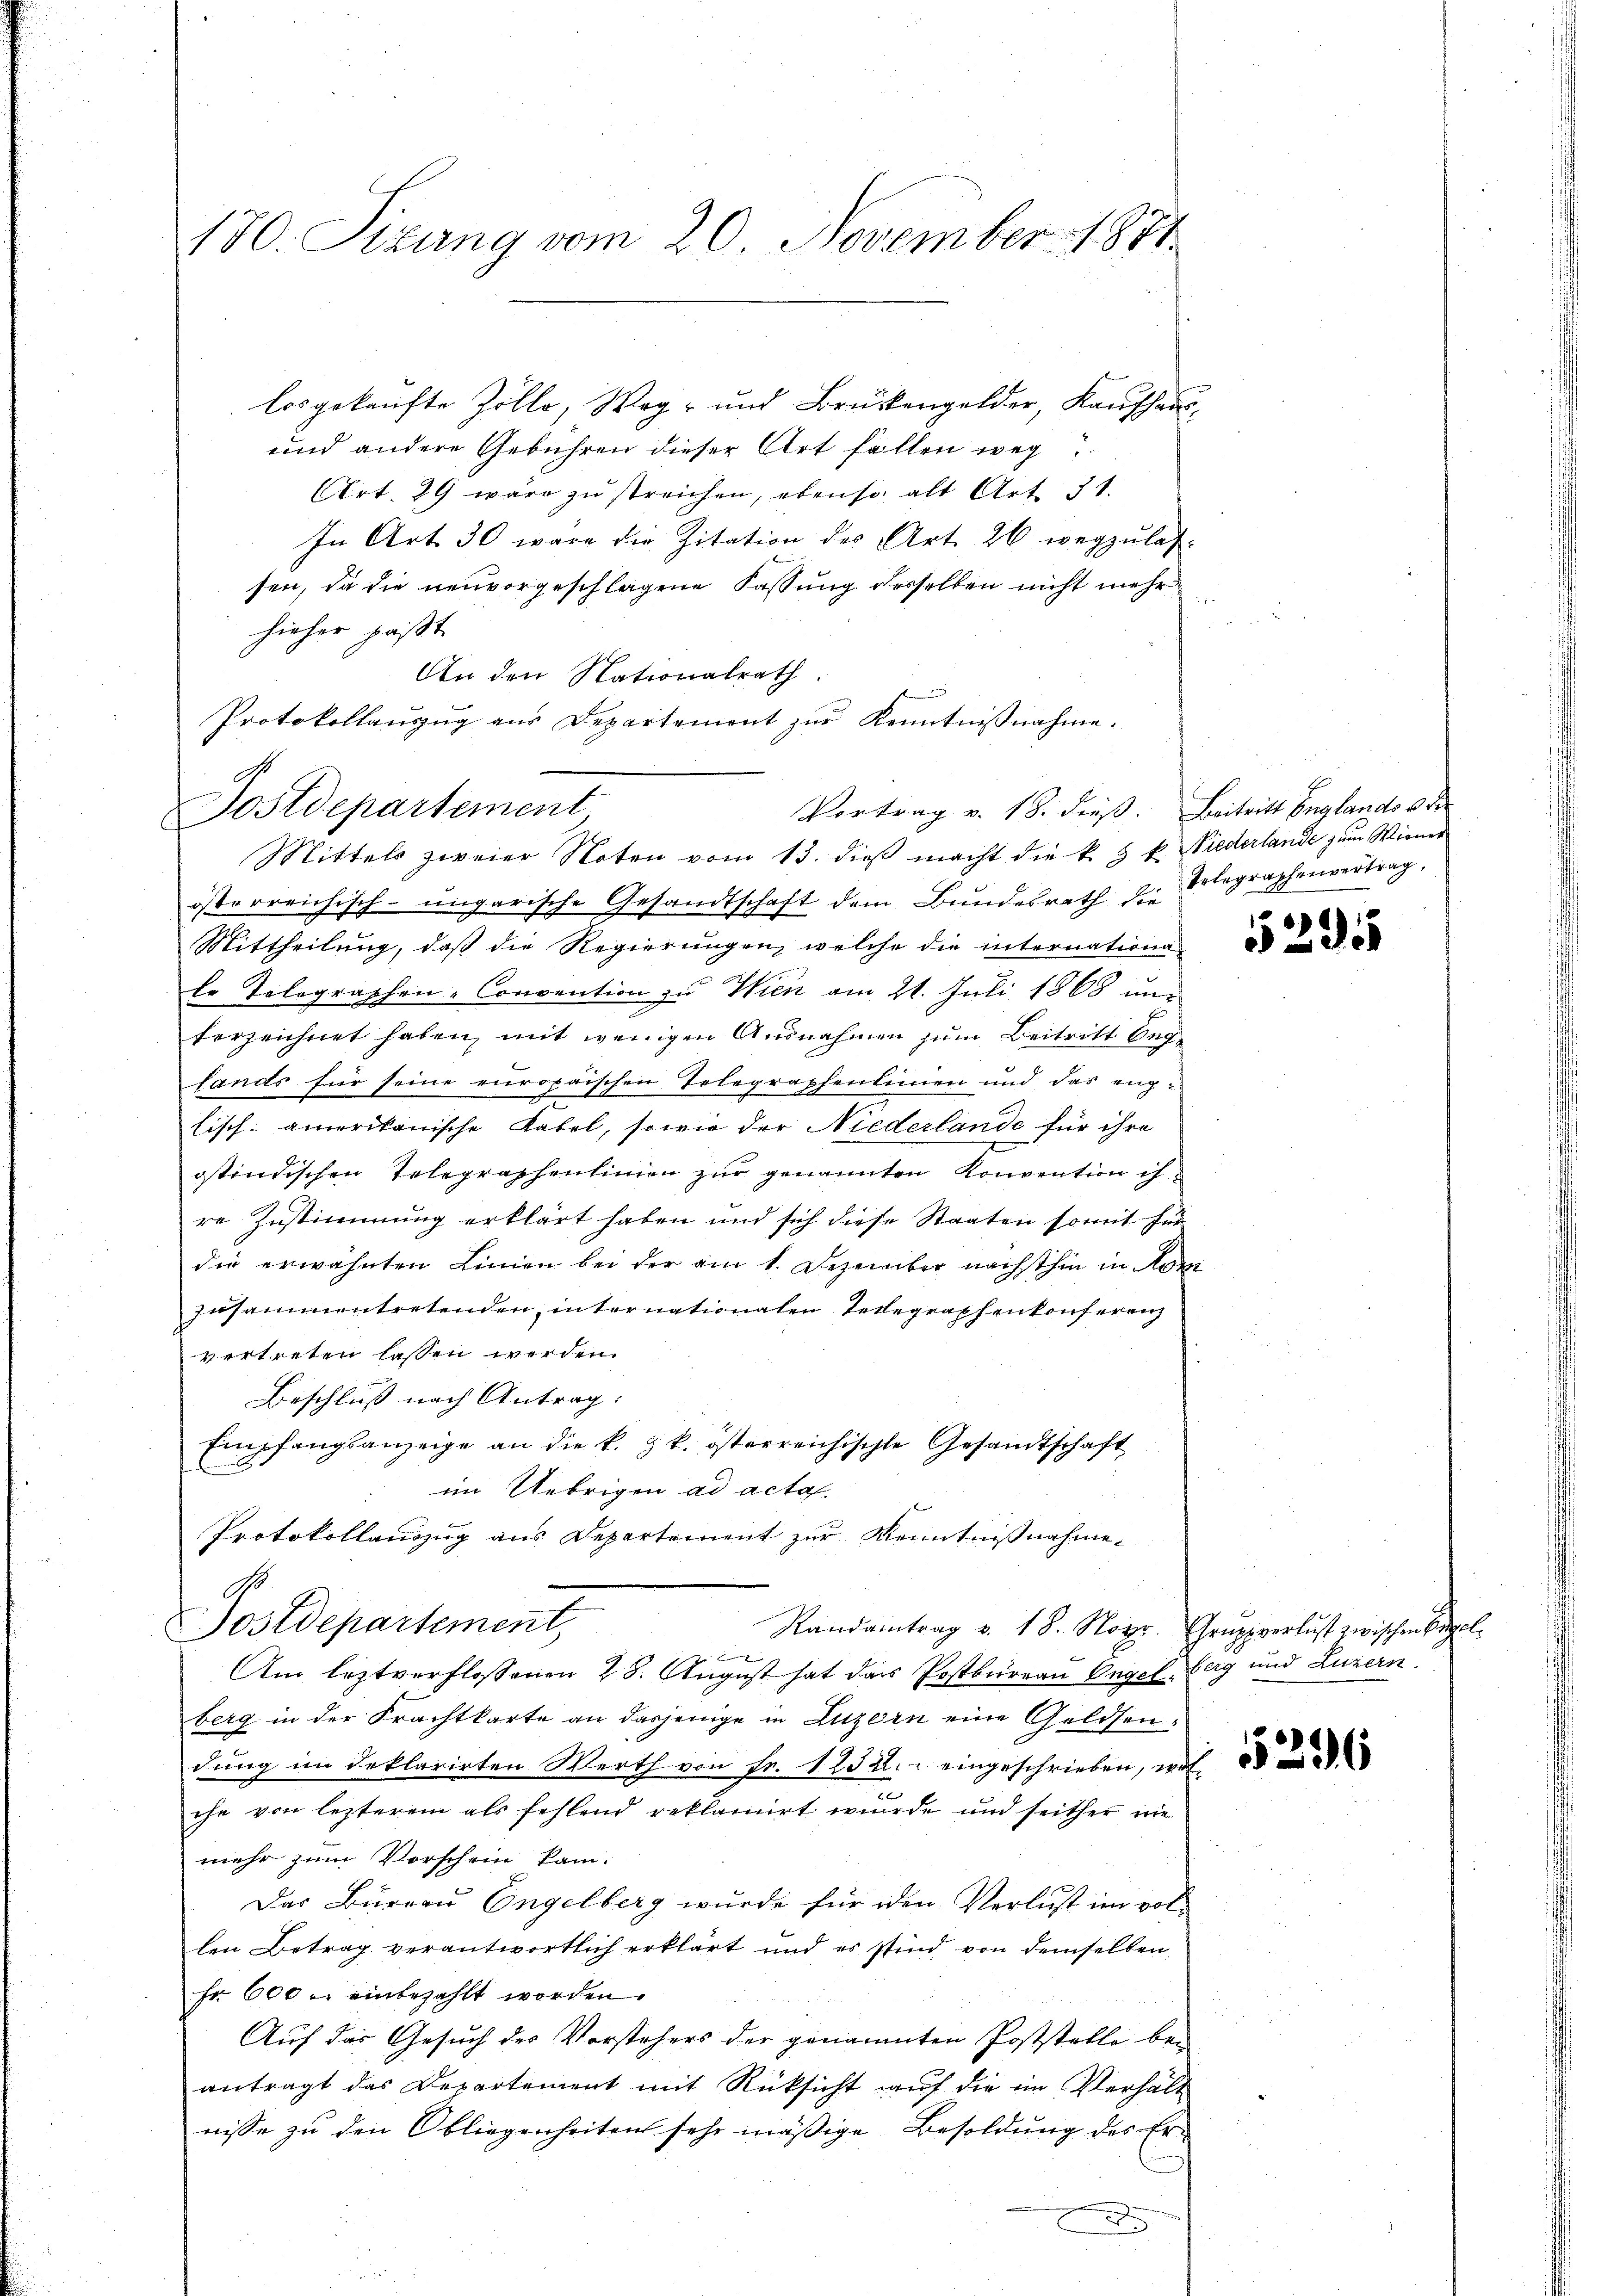
170. Sizung vom 20. November 1811.

losgekaufte Zölle, Weg- und Brückengelder, Kaŭfhaus¬
und andere Gebühren dieser Art fallen weg
Art. 29 wäre zu streichen, ebenso alt Art. 31.
In Art. 30 wäre die Zitation des Art. 26 wegzŭlas-
sen, da die neuvorgeschlagene Fassung desselben nicht mehr
hieher paßt
An den Nationalrath
österreichisch-ungarische Gesandtschaft dem Bundesrath der Elegraphenvertrag,
Mittheilung, daß die Regierungen, welche die internationa
le Tolographen-Convention zu Wien am 21. Juli 1868 un
ferzeichnet haben, mit wenigen Ausnahmen zum Beitritt beg
lands für seine europaischen Telegraphenlinien und das englisch: amerikanische Kabel, sowie der Niederlande für ihre
ostindischen Telegraphenlinien zur genannten Konvention ihre Zustimmung erklärt haben und sich diese Staaten somit für
die erwähnten Linien bei der am 1. Dezember nächsthin in Kom
zusammentretenden internationalen Telegraphenkonferenz
vertreten lassen werden.
Beschluß nach Antrag:
Empfangsanzeige an die k. k. österreichischte Gesandtschaft
im Uebrigen ad acta.
Protokollauszug aus Departement zur Kenntnißnahme¬
A
ostdepartement,
Randantrag v. 18. Nov. Gruppverlust zwischen Orgel
e
Am leztverflossenen 28. August hat das Postbureau Ongelberg und Luzern
berg in der Frachtkarte an dasjenige in Luzern eine Geldsendung im Deklarirten Werth von Fr. 1232. eingeschrieben, wol¬
.
ihe von lezterem als fehlend reklamirt wurde und seither wie
mehr zum Vorschein kam.
Das Büreau Engelberg wurde für iden Verlust im vol-
len Betrag verantwortlich erklärt und es sind von demselben
Fr. 600 r. einbezahlt worden.
Auf das Gesuch des Vorstehers der genannten Poststelle bei
antragt das Departement mit Rücksicht auf die im Verhält
nisse zu den Obliegenheiten sehr mäßige Besoldung des Er¬
A

Protokollauszug aus Departement zŭr Kenntniβnahme.
Sostdepartement
Mittels zweier Noten vom 13. dieβ macht die k. 5 k. Niederlande zum Wiener

Vortrag v. 18. dieß. Beitritt Englando ver

280

53958

55296